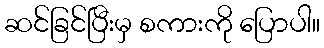
ဆင်ခြင်ပြီးမှ စကားကို ပြောပါ။